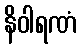
နိဝါရဏံ